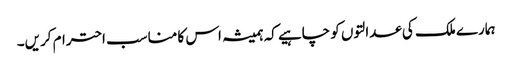
ہمارے ملک کی عدالتوں کو چاہیے کہ ہمیشہ اس کا مناسب احترام کریں۔